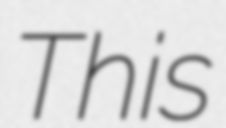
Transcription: This